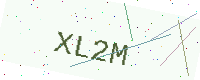
Text: XL2M